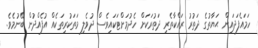
ހަމައެފަދައިން ޙަޔާތުގެ ދަތުރު ރައްކާތެރި ދަތުރަކަށް ހެދުމަށްޓަކައިވެސް ދުވެލި މަތަކުރިތަކެއް އުފެއްދުން ބޭނުމެވެ.